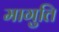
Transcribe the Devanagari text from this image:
मागुति